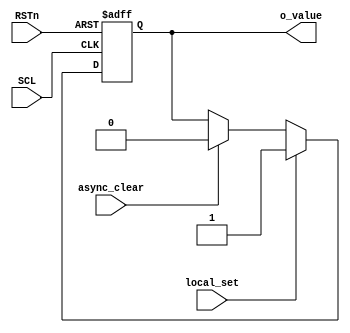
/*--------------------------------------------------------------------
  Copyright (C) 2015-2019, NXP B.V.
  All rights reserved.
  
  Redistribution and use in source and binary forms, with or without 
  modification, are permitted provided that the following conditions 
  are met:
  
  1. Redistributions of source code must retain the above copyright 
     notice, this list of conditions and the following disclaimer.
  
  2. Redistributions in binary form must reproduce the above copyright 
     notice, this list of conditions and the following disclaimer in
     the documentation and/or other materials provided with the 
     distribution.
  
  3. Neither the name of the copyright holder nor the names of its 
     contributors may be used to endorse or promote products derived 
     from this HDL software without specific prior written permission.
  
  THIS (HDL) SOFTWARE IS PROVIDED BY THE COPYRIGHT HOLDERS AND
  CONTRIBUTORS "AS IS" AND ANY EXPRESS OR IMPLIED WARRANTIES, 
  INCLUDING, BUT NOT LIMITED TO, THE IMPLIED WARRANTIES OF 
  MERCHANTABILITY AND FITNESS FOR A PARTICULAR PURPOSE ARE 
  DISCLAIMED. IN NO EVENT SHALL THE COPYRIGHT HOLDER OR 
  CONTRIBUTORS BE LIABLE FOR ANY DIRECT, INDIRECT, INCIDENTAL, 
  SPECIAL, EXEMPLARY, OR CONSEQUENTIAL DAMAGES (INCLUDING, BUT 
  NOT LIMITED TO, PROCUREMENT OF SUBSTITUTE GOODS OR SERVICES; 
  LOSS OF USE, DATA, OR PROFITS; OR BUSINESS INTERRUPTION) 
  HOWEVER CAUSED AND ON ANY THEORY OF LIABILITY, WHETHER IN 
  CONTRACT, STRICT LIABILITY, OR TORT (INCLUDING NEGLIGENCE OR 
  OTHERWISE) ARISING IN ANY WAY OUT OF THE USE OF THIS SOFTWARE, 
  EVEN IF ADVISED OF THE POSSIBILITY OF SUCH DAMAGE.

  NOTE: No license under any third-party patent is granted or implied. 
        It is the responsibility of the licensee to obtain any required 
        third-party patent licenses.

  Note on terms used above:
  1. Software and HDL software are used interchangeably.
  2. Binary includes FPGA, simulation, and physical forms such 
     as Silicon chips.
  3. Clause 2 allows for such notice on a Web page or other 
     electronic form not part of a distribution.
  The original BSD source is available from:
    https://github.com/NXP/i3c-slave-design
  -------------------------------------------------------------------- */

//
//  ----------------------------------------------------------------------------
//                    Design Information
//  ----------------------------------------------------------------------------
//  Organisation    : MCO
//  Tag             : 1.1.11.a.0.1
//  Revision        : $Revision: 1.61 $
//
//  IP Name         : SYNC_ modules for Autonomous wrapper use
//  Description     : Clock crossing support for Autonomous
//    This contains support for cross-clock-domain (CDC) synchronization
//    as needed specifically for autonomous regs. This is basically
//    only 4-phase handshakes
//
//  ----------------------------------------------------------------------------
//                    Revision History
//  ----------------------------------------------------------------------------
//
//
//  ----------------------------------------------------------------------------
//                    Implementation details
//  ----------------------------------------------------------------------------
//  See the micro-arch spec and MIPI I3C spec
//
//    This suppports the Clock Domain Crossing using named blocks
//    so Spyglass (or equiv) can be told that the sync is here.
//    For most modern process, the single flop model is fine, although
//    the flop type may need to be changed by constraint for older
//    process (e.g. a sync flop, which has a "gravity" to settle
//    faster). 
//    1 flop is fine in normal cases because the Q out metastable
//    noise will be short enough in time for the paths used at the 
//    lower speeds. That is, there is ~40ns minimum to both settle
//    and arrive settled at the other end. 
//  ----------------------------------------------------------------------------


// Note naming: SYNC_= synchronizing, 2PH_=2-phase, S2C_=SCL to CLK, STATE=state with clr in
//              LVL_=level vs. pulse input, LVLH_=level high
// Other naming: ASet=async set, local clear, AClr=local set, async clear
//               ASelfClr=local set and auto clear
//               Seq2=2 flop sequencer to ensure we get 1 pulse in local domain


// Next is set local and clear async from SCL to CLK
module SYNC_AClr_S2C(
  input SCL, // may be SCL_n 
  input RSTn,
  input local_set,
  input async_clear,
  output o_value);

  reg  value;                   // SCL domain
  always @ (posedge SCL or negedge RSTn)
    if (!RSTn)
      value <= 1'b0;
    else if (local_set) 
      value <= 1'b1;
    else if (async_clear) // CDC
      value <= 1'b0;
  assign o_value = value;

endmodule

/* moved to normal sync for slave
// Next is set local and clear async from CLK to SCL
module SYNC_AClr_C2S(
  input CLK, // system domain
  input RSTn,
  input local_set,
  input async_clear,
  output o_value);

  reg  value;                   // CLK domain
  always @ (posedge CLK or negedge RSTn)
    if (!RSTn)
      value <= 1'b0;
    else if (local_set) 
      value <= 1'b1;
    else if (async_clear) // CDC
      value <= 1'b0;
  assign o_value = value;
endmodule
*/

// Next is set local and auto clear async, 
// from SCL to CLK with sequence for 1 pulse out
module SYNC_ASelfClr_LVL_S2C_Seq2(
  input SCL, // may be SCL_n 
  input CLK, // system clock
  input RSTn,
  input local_set,
  input local_hold,
  output o_pulse);

  reg  value;                   // SCL domain
  reg  clear, seq;              // CLK domain
  always @ (posedge SCL or negedge RSTn)
    if (!RSTn)
      value <= 1'b0;
    else if (local_set) 
      value <= 1'b1;
    else if (clear)  // CDC
      value <= 1'b0;

  always @ (posedge CLK or negedge RSTn)
    if (!RSTn)
      clear <= 1'b0;
    else if (value | local_hold)
      clear <= 1'b1; // CDC (handshake)
    else
      clear <= 1'b0; // 4th phase going down
  always @ (posedge CLK or negedge RSTn)
    if (!RSTn)
      seq <= 1'b0;
    else if (clear)
      seq <= 1'b1; 
    else
      seq <= 1'b0; 
  // below pulses for 1 clock high, else is low
  assign o_pulse = clear & ~seq;
endmodule

// Next is set local and auto clear async, 
// from SCL to CLK with sequence for 1 pulse out
module SYNC_ASelfClr_S2C_Seq2(
  input SCL, // may be SCL_n 
  input CLK, // system clock
  input RSTn,
  input local_set,
  output o_pulse);

  reg  value;                   // SCL domain
  reg  clear, seq;              // CLK domain
  always @ (posedge SCL or negedge RSTn)
    if (!RSTn)
      value <= 1'b0;
    else if (local_set) 
      value <= 1'b1;
    else if (clear)  // CDC
      value <= 1'b0;

  always @ (posedge CLK or negedge RSTn)
    if (!RSTn)
      clear <= 1'b0;
    else if (value)
      clear <= 1'b1; // CDC (handshake)
    else
      clear <= 1'b0; // 4th phase going down
  always @ (posedge CLK or negedge RSTn)
    if (!RSTn)
      seq <= 1'b0;
    else if (clear)
      seq <= 1'b1; 
    else
      seq <= 1'b0; 
  // below pulses for 1 clock high, else is low
  assign o_pulse = clear & ~seq;
endmodule

// Next is set local and auto clear async, 
// from CLK to SCL with sequence for 1 pulse out
module SYNC_ASelfClr_C2S_Seq2(
  input CLK, // system clock
  input SCL, // may be SCL_n 
  input RSTn,
  input local_set,
  output o_pulse);

  reg  value;                   // CLK domain
  reg  clear, seq;              // SCL domain
  always @ (posedge CLK or negedge RSTn)
    if (!RSTn)
      value <= 1'b0;
    else if (local_set) 
      value <= 1'b1;
    else if (clear)  // CDC
      value <= 1'b0;

  always @ (posedge SCL or negedge RSTn)
    if (!RSTn)
      clear <= 1'b0;
    else if (value)
      clear <= 1'b1; // CDC (handshake)
    else
      clear <= 1'b0; // 4th phase going down
  always @ (posedge SCL or negedge RSTn)
    if (!RSTn)
      seq <= 1'b0;
    else if (clear)
      seq <= 1'b1; 
    else
      seq <= 1'b0; 
  // below pulses for 1 clock high, else is low
  assign o_pulse = clear & ~seq;
endmodule

// next is straight sync from one domain to the other
// for local use - 1 flop
module SYNC_S2B #(parameter WIDTH=1) ( 
  input             rst_n,
  input             clk,
  input  [WIDTH-1:0]scl_data,
  output [WIDTH-1:0]out_clk     // output copy in CLK domain
  );

  reg  [WIDTH-1:0]  clk_copy;

  assign out_clk = clk_copy;

  // note: could use clk_copy^scl_data as test to allow ICG
  always @ (posedge clk or negedge rst_n)
    if (!rst_n)
      clk_copy <= {WIDTH{1'b0}};
    else 
      clk_copy <= scl_data;
endmodule